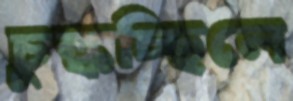
চুল্‌কচ্ছিলে